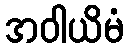
အဝါယိမံ